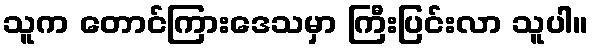
သူက တောင်ကြားဒေသမှာ ကြီးပြင်းလာ သူပါ။